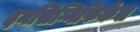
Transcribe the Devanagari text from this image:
इनसिग्निफिकेंस